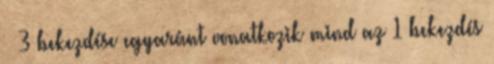
§ 3 bekezdése egyaránt vonatkozik mind az 1 bekezdés